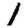
Digit: 1